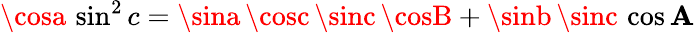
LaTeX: \cosa\, \sin^{2}c=\sina\, \cosc\, \sinc\, \cosB+\sinb\, \sinc\, \cos\mathbf{A}